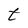
Character: t